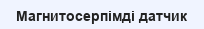
Магнитосерпімді датчик